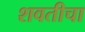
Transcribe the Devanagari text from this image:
शवतीचा